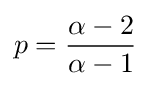
p={\frac {\alpha -2}{\alpha -1}}